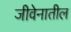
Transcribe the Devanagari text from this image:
जीवेनातील